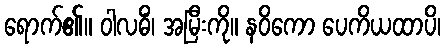
ရောက်၏။ ဝါလဓိံ၊ အမြီးကို။ နဝိကော ပေကိယထာပိ၊